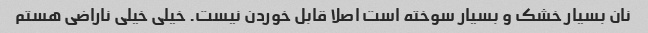
نان بسیار خشک و بسیار سوخته است اصلا قابل خوردن نیست. خیلی خیلی ناراضی هستم